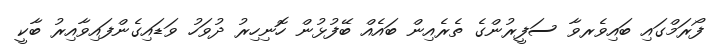
ފޯރަމްގައި ބައިވެރވާ ސަފީރުންގެ ތެރެއިން ބައެއް ބޭފުޅުން ހޮނިހިރު ދުވަހު ވަޑައިގެންފައިވާއިރު ބާކީ